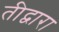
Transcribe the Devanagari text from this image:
तीद्वारा